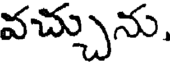
వచ్చును,